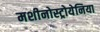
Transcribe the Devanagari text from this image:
मशीनोस्ट्रोयेनिया